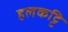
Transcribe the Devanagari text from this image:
हलकट्टि